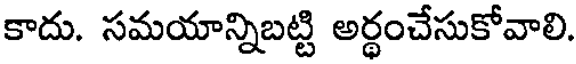
కాదు. సమయాన్నిబట్టి అర్ధంచేసుకోవాలి.